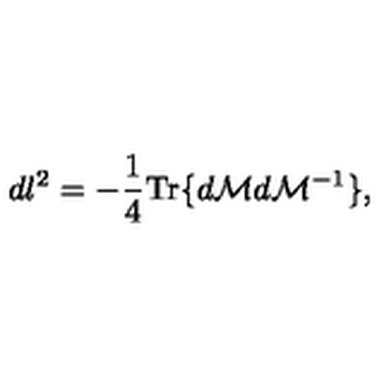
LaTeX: d l ^ { 2 } = - \frac { 1 } { 4 } \mathrm { T r } \{ d { \cal M } d { \cal M } ^ { - 1 } \} ,